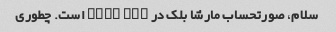
سلام، صورتحساب مارشا بلک در mppd ltd است. چطوری